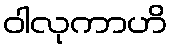
ဝါလုကာဟိ